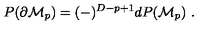
P ( \partial { \cal M } _ { p } ) = ( - ) ^ { D - p + 1 } d P ( { \cal M } _ { p } ) \ .